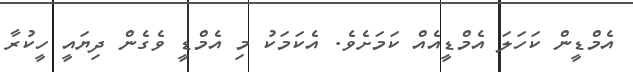
އެމްޑީން ކަހަލަ އެމްޑީއެއް ކަމަށެވެ. އެކަމަކު މި އެމްޑީ ވެގެން ދިޔައީ ހީކުރާ